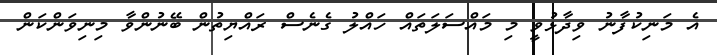
އެ މަނިކުފާނު ވިދާޅުވީ މި މައްސަލަތައް ހައްލު ގެނެސް ރައްޔިތުން ބޭނުންވާ މިނިވަންކަން